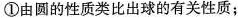
①由圆的性质类比出球的有关性质；